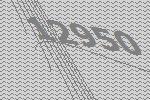
12950